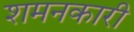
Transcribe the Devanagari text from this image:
शमनकारी